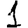
Digit: 1